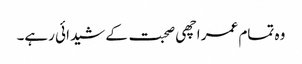
وہ تمام عمر اچھی صحبت کے شیدائی رہے۔